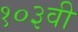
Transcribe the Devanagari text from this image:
१०३वी